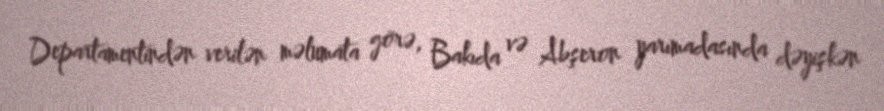
Departamentindən verilən məlumata görə, Bakıda və Abşeron yarımadasında dəyişkən